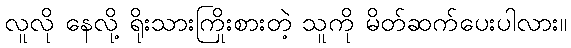
လူလို နေလို့ ရိုးသားကြိုးစားတဲ့ သူကို မိတ်ဆက်ပေးပါလား။